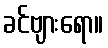
ခင်ဗျားရော။